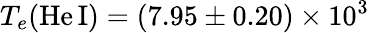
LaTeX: T_{e}(\mathrm{He\, I})=(7.95\pm 0.20)\times 10^{3}